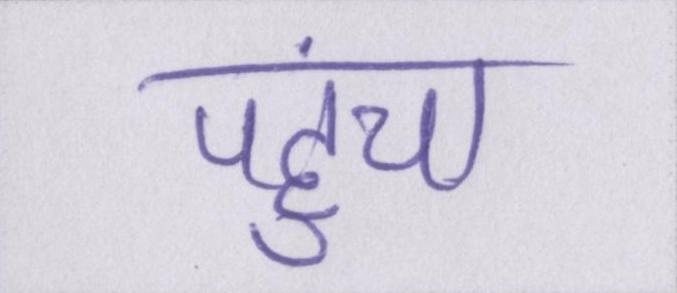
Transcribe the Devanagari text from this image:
पहुंचा